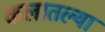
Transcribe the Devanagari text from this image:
कलातल्या